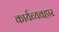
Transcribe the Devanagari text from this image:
कार्यव्यवहार